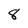
Character: 8